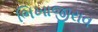
ભિખાજીરાવ